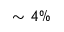
\sim 4 \%